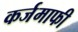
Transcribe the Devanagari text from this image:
कर्जमाफी